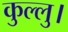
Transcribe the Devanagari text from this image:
कुल्‍लु।